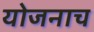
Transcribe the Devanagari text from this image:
योजनाच